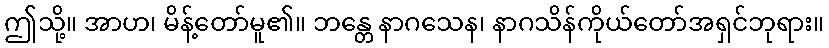
ဤသို့။ အာဟ၊ မိန့်တော်မူ၏။ ဘန္တေ နာဂသေန၊ နာဂသိန်ကိုယ်တော်အရှင်ဘုရား။